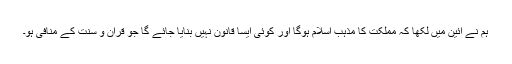
ہم نے آئین میں لکھا کہ مملکت کا مذہب اسلام ہوگا اور کوئی ایسا قانون نہیں بنایا جائے گا جو قرآن و سنت کے منافی ہو۔